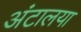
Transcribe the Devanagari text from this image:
अंटालया